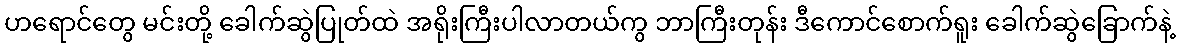
ဟရောင်တွေ မင်းတို့ ခေါက်ဆွဲပြုတ်ထဲ အရိုးကြီးပါလာတယ်ကွ ဘာကြီးတုန်း ဒီကောင်စောက်ရူး ခေါက်ဆွဲခြောက်နဲ့